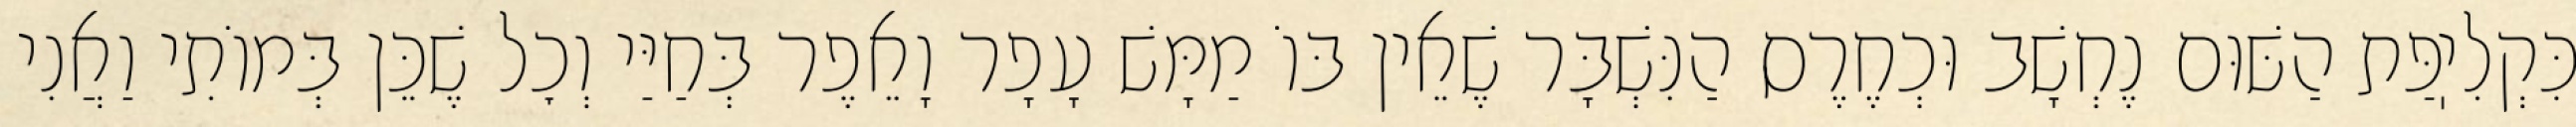
כִּקְלִיֽפַּת הַשּׁוּם נֶחְשָׁב וּכְחֶרֶס הַנִּשְׁבָּר שֶׁאֵין בּוֹ מַמָּשׁ עָפָר וָאֵפֶר בְּחַיַּי וְכׇל שֶׁכֵּן בְּמוֹתִי וַאֲנִי